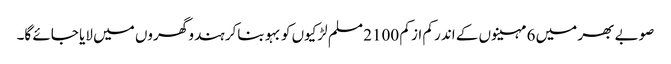
صوبے بھر میں 6 مہینوں کے اندر کم از کم 2100 مسلم لڑکیوں کو بہو بناکر ہندو گھروں میں لایا جائے گا۔